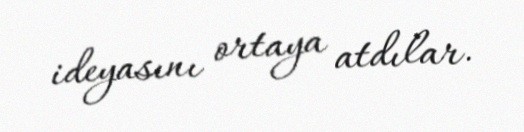
ideyasını ortaya atdılar.